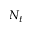
N _ { t }